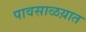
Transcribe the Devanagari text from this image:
पावसाळय़ात